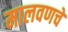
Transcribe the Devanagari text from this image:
मालवणचे